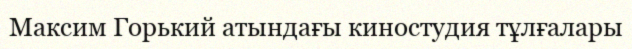
Максим Горький атындағы киностудия тұлғалары